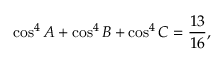
\cos ^ { 4 } A + \cos ^ { 4 } B + \cos ^ { 4 } C = { \frac { 1 3 } { 1 6 } } ,